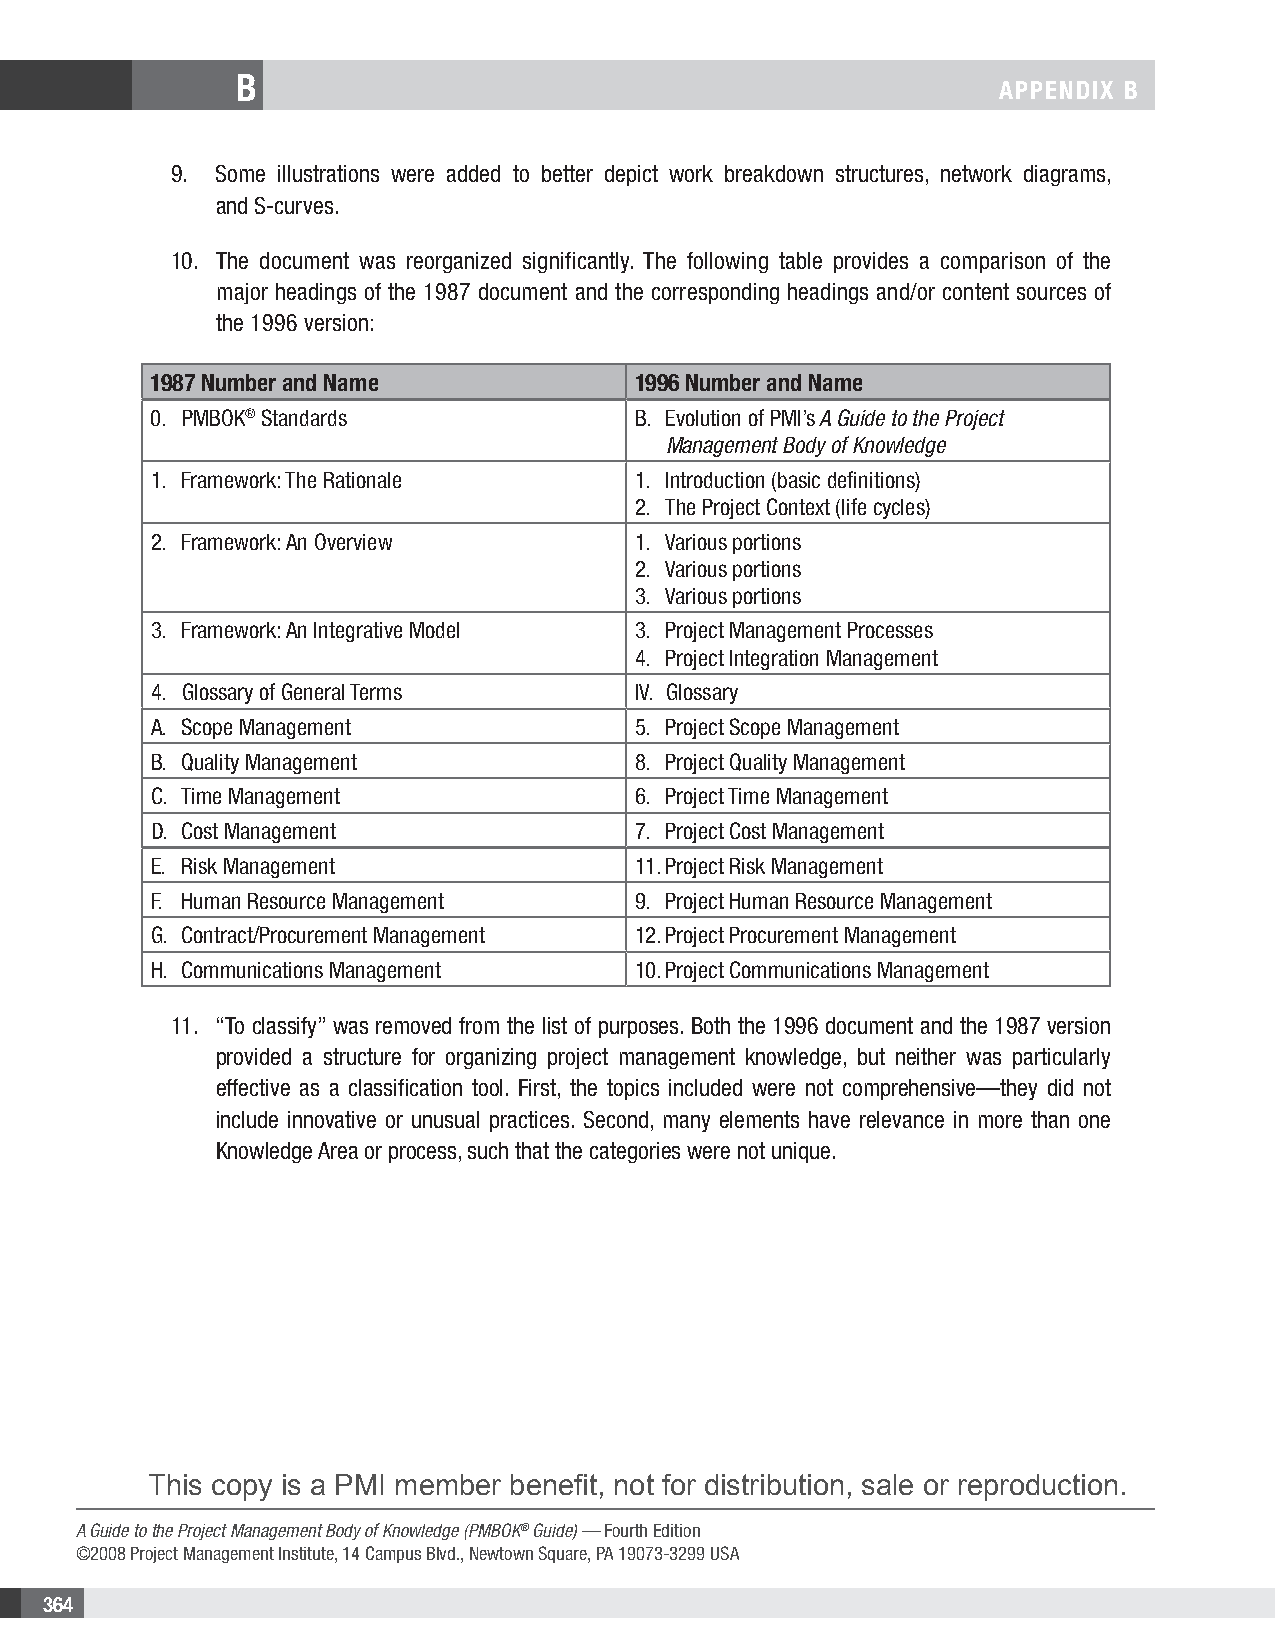
B
 APPENDIX B
 9. Some illustrations were added to better depict work breakdown structures, network diagrams,
 and S-curves.
 10. The document was reorganized significantly. The following table provides a comparison of the
 major headings of the 1987 document and the corresponding headings and/or content sources of
 the 1996 version:
 1987 Number and Name            1996 Number and Name
 0. PMBOK® Standards             B. Evolution of PMI’s A Guide to the Project
 Management Body of Knowledge
 1. Framework: The Rationale     1. Introduction (basic definitions)
 2. The Project Context (life cycles)
 2. Framework: An Overview       1. Various portions
 2. Various portions
 3. Various portions
 3. Framework: An Integrative Model 3. Project Management Processes
 4. Project Integration Management
 4. Glossary of General Terms    IV. Glossary
 A. Scope Management             5. Project Scope Management
 B. Quality Management           8. Project Quality Management
 C. Time Management              6. Project Time Management
 D. Cost Management              7. Project Cost Management
 E. Risk Management              11. Project Risk Management
 F. Human Resource Management    9. Project Human Resource Management
 G. Contract/Procurement Management 12. Project Procurement Management
 H. Communications Management    10. Project Communications Management
 11. “To classify” was removed from the list of purposes. Both the 1996 document and the 1987 version
 provided a structure for organizing project management knowledge, but neither was particularly
 effective as a classification tool. First, the topics included were not comprehensive—they did not
 include innovative or unusual practices. Second, many elements have relevance in more than one
 Knowledge Area or process, such that the categories were not unique.
 This copy is a PMI member benefit, not for distribution, sale or reproduction.
 A Guide to the Project Management Body of Knowledge (PMBOK® Guide) — Fourth Edition
 ©2008 Project Management Institute, 14 Campus Blvd., Newtown Square, PA 19073-3299 USA
 364